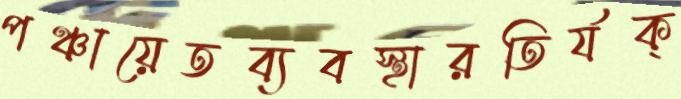
পঞ্চায়েতব্যবস্থারতির্যক্